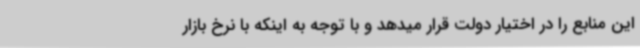
این منابع را در اختیار دولت قرار میدهد و با توجه به اینکه با نرخ بازار